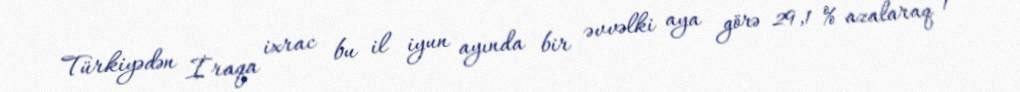
Türkiyədən İraqa ixrac bu il iyun ayında bir əvvəlki aya görə 29,1 % azalaraq 1